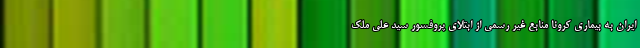
ایران به بیماری کرونا منابع غیر رسمی از ابتلای پروفسور سید علی ملک